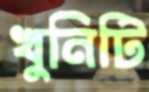
খুনিটি